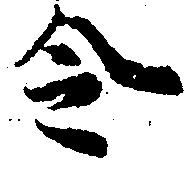
令